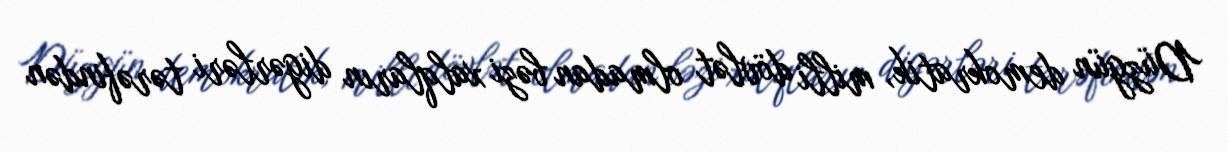
Düzgün demokratik, milli dövlət olmadan bəzi xalqların digərləri tərəfindən